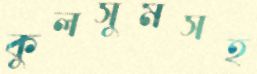
কুলসুমসহ